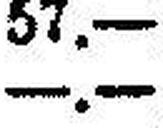
—.—